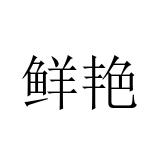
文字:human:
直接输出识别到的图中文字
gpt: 鲜艳